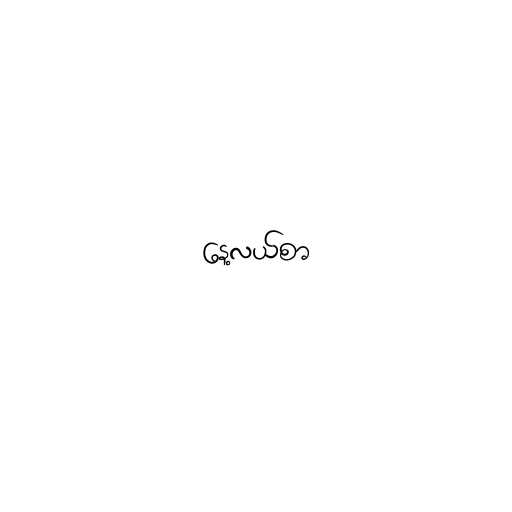
နေ့လယ်စာ